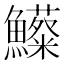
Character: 𩽃